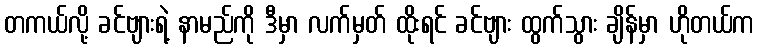
တကယ်လို့ ခင်ဗျားရဲ့ နာမည်ကို ဒီမှာ လက်မှတ် ထိုးရင် ခင်ဗျား ထွက်သွား ချိန်မှာ ဟိုတယ်က